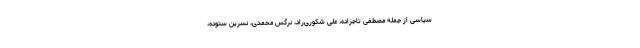
سیاسی از جمله مصطفی تاجزاده، علی شکوری‌راد، نرگس محمدی، نسرین ستوده،